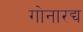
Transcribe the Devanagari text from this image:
गोनारद्य